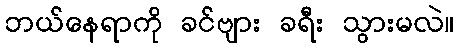
ဘယ်နေရာကို ခင်ဗျား ခရီး သွားမလဲ။